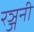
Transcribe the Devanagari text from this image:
रञ्जनी